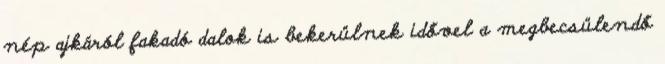
nép ajkáról fakadó dalok is bekerülnek idővel a megbecsülendő